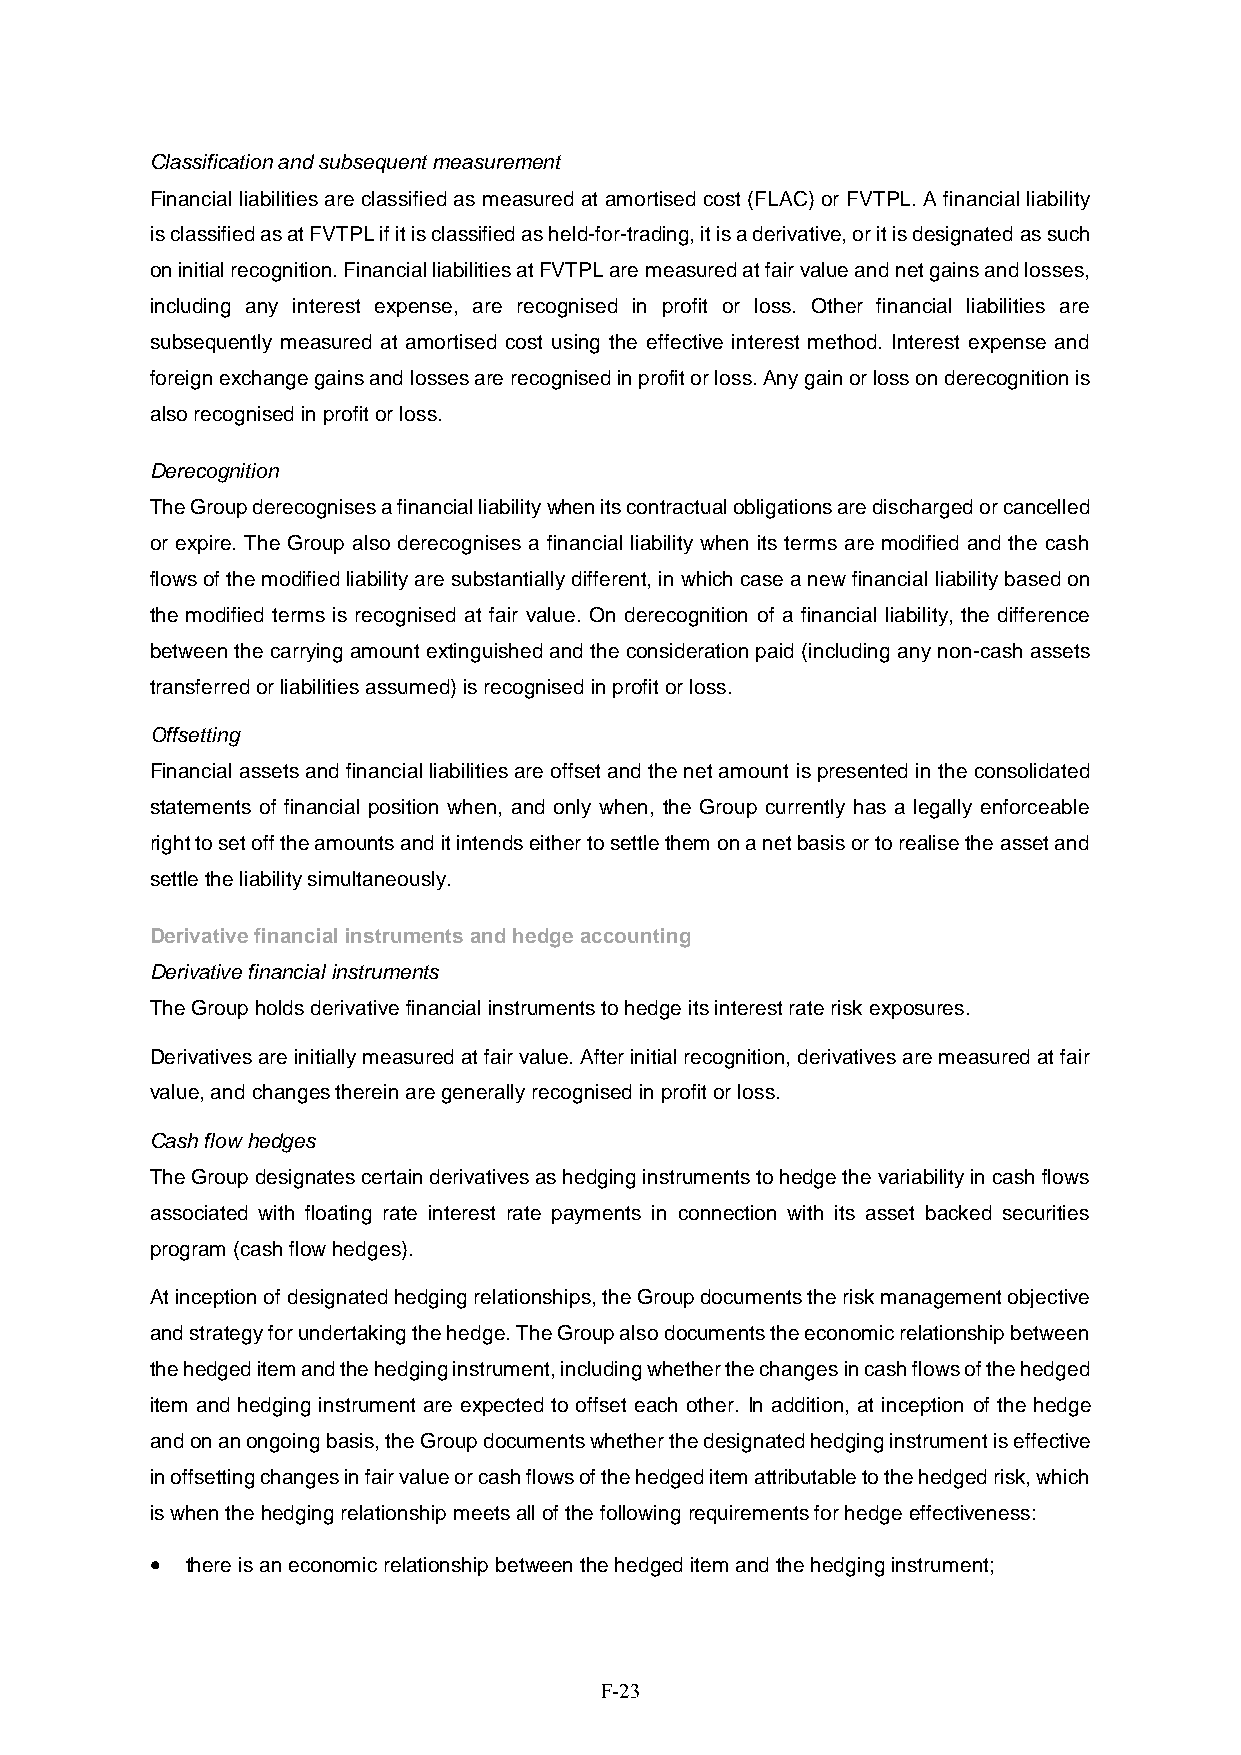
Classification and subsequent measurement
 Financial liabilities are classified as measured at amortised cost (FLAC) or FVTPL. A financial liability
 is classified as at FVTPL if it is classified as held-for-trading, it is a derivative, or it is designated as such
 on initial recognition. Financial liabilities at FVTPL are measured at fair value and net gains and losses,
 including any interest expense, are recognised in profit or loss. Other financial liabilities are
 subsequently measured at amortised cost using the effective interest method. Interest expense and
 foreign exchange gains and losses are recognised in profit or loss. Any gain or loss on derecognition is
 also recognised in profit or loss.
 Derecognition
 The Group derecognises a financial liability when its contractual obligations are discharged or cancelled
 or expire. The Group also derecognises a financial liability when its terms are modified and the cash
 flows of the modified liability are substantially different, in which case a new financial liability based on
 the modified terms is recognised at fair value. On derecognition of a financial liability, the difference
 between the carrying amount extinguished and the consideration paid (including any non-cash assets
 transferred or liabilities assumed) is recognised in profit or loss.
 Offsetting
 Financial assets and financial liabilities are offset and the net amount is presented in the consolidated
 statements of financial position when, and only when, the Group currently has a legally enforceable
 right to set off the amounts and it intends either to settle them on a net basis or to realise the asset and
 settle the liability simultaneously.
 Derivative financial instruments and hedge accounting
 Derivative financial instruments
 The Group holds derivative financial instruments to hedge its interest rate risk exposures.
 Derivatives are initially measured at fair value. After initial recognition, derivatives are measured at fair
 value, and changes therein are generally recognised in profit or loss.
 Cash flow hedges
 The Group designates certain derivatives as hedging instruments to hedge the variability in cash flows
 associated with floating rate interest rate payments in connection with its asset backed securities
 program (cash flow hedges).
 At inception of designated hedging relationships, the Group documents the risk management objective
 and strategy for undertaking the hedge. The Group also documents the economic relationship between
 the hedged item and the hedging instrument, including whether the changes in cash flows of the hedged
 item and hedging instrument are expected to offset each other. In addition, at inception of the hedge
 and on an ongoing basis, the Group documents whether the designated hedging instrument is effective
 in offsetting changes in fair value or cash flows of the hedged item attributable to the hedged risk, which
 is when the hedging relationship meets all of the following requirements for hedge effectiveness:
  there is an economic relationship between the hedged item and the hedging instrument;
 F-23